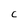
Character: c